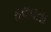
ઠલવતા